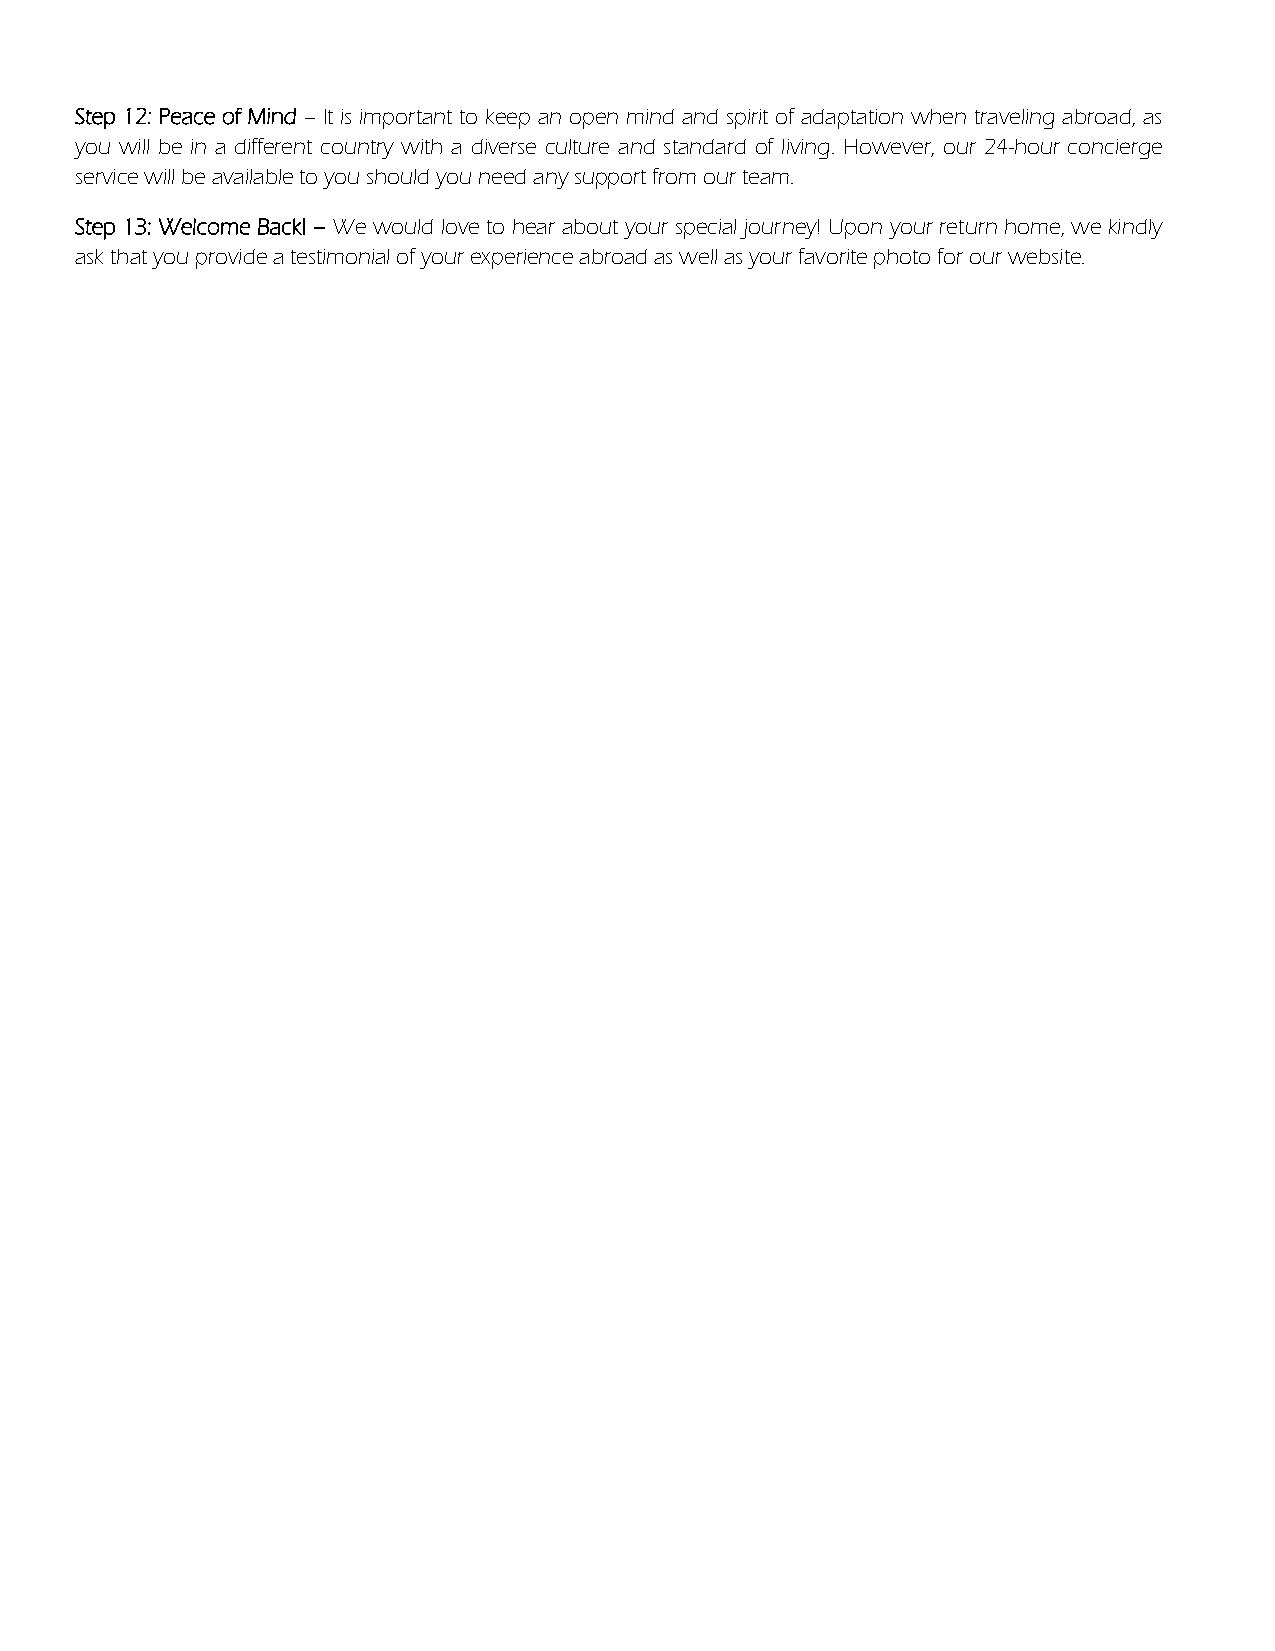
Step 12: Peace of Mind – It is important to keep an open mind and spirit of adaptation when traveling abroad, as
 you will be in a different country with a diverse culture and standard of living. However, our 24-hour concierge
 service will be available to you should you need any support from our team.
 Step 13: Welcome Back! – We would love to hear about your special journey! Upon your return home, we kindly
 ask that you provide a testimonial of your experience abroad as well as your favorite photo for our website.